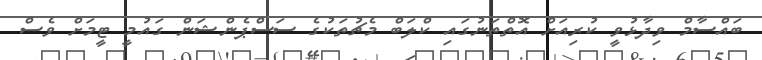
ބައްސާމް ވިދާޅުވީ ކުރިއަށް އޮތްތަނުގައި ކްލަބް މެޗުތަކުގެ ސަސްޕެންޝަން ގައުމީ ޓީމަށް ވެސް